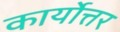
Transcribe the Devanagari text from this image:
कार्योत्तर